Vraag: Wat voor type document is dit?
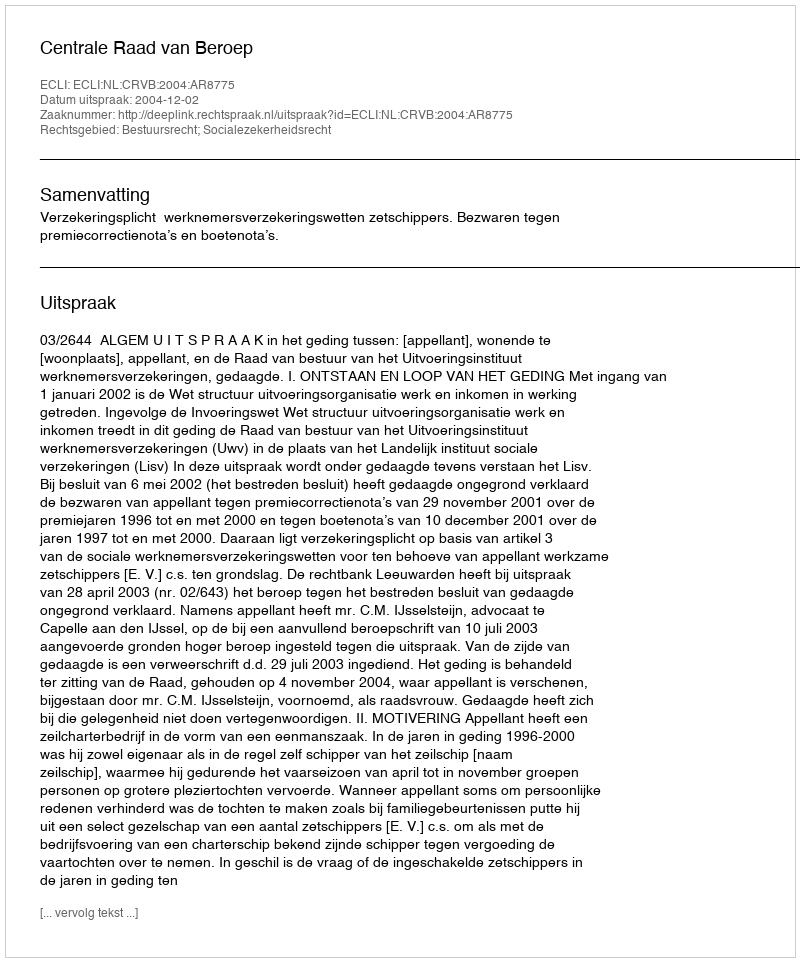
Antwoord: Uitspraak